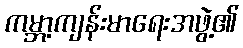
ကမ္ဘာ့ကျန်းမာရေးအဖွဲ့၏